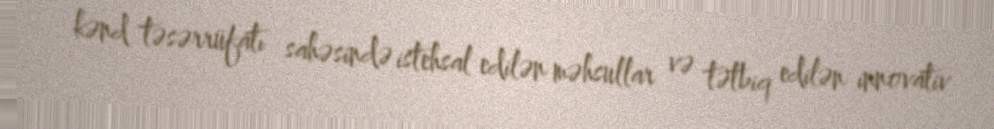
kənd təsərrüfatı sahəsində istehsal edilən məhsullar və tətbiq edilən innovativ